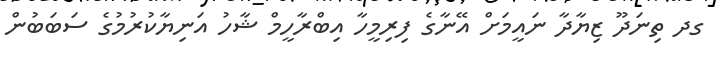
ގދ ތިނަދޫ ޒިޔާދާ ނައީމަށް އޭނާގެ ފިރިމީހާ އިބްރާހީމް ޝާހު އަނިޔާކުރުމުގެ ސަބަބުން